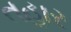
તહાર